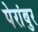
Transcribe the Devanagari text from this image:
पेरांबुर